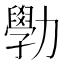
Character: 𫦾